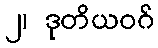
၂၊ ဒုတိယဝဂ်